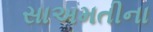
સાઅમતીના